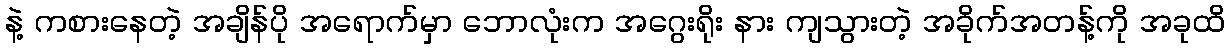
နဲ့ ကစားနေတဲ့ အချိန်ပို အရောက်မှာ ဘောလုံးက အဂွေးရိုး နား ကျသွားတဲ့ အခိုက်အတန့်ကို အခုထိ